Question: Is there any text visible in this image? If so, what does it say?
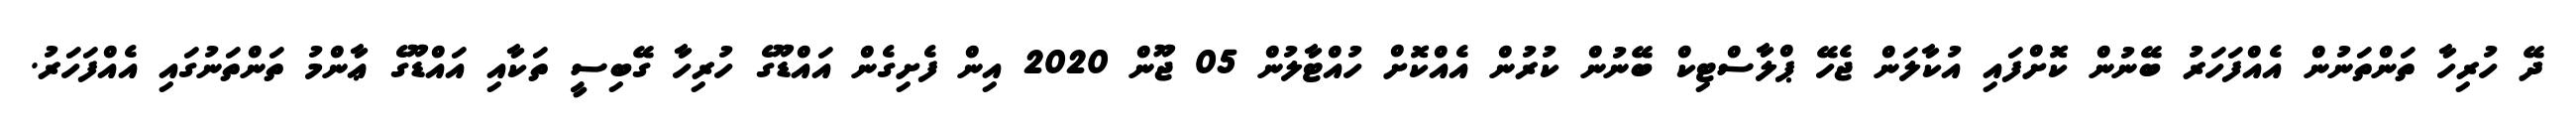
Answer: ދޭ ހުރިހާ ތަންތަނުން އެއްފަހަރު ބޭނުން ކޮށްފައި އުކާލަން ޖެހޭ ޕްލާސްޓިކް ބޭނުން ކުރުން އެއްކޮށް ހުއްޓާލުން 05 ޖޫން 2020 އިން ފެށިގެން އައްޑޫގެ ހުރިހާ ގޭބިސީ ތަކާއި އައްޑޫގެ ޢާންމު ތަންތަނުގައި އެއްފަހަރު.